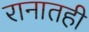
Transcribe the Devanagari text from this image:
रानातही